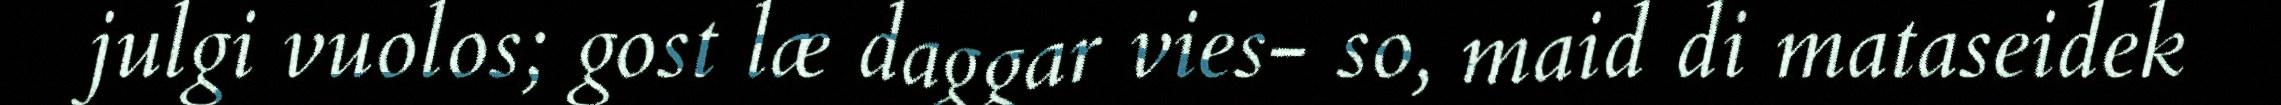
julgi vuolos; gost læ daggar vies- so, maid di mataseidek